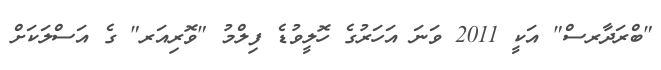
"ބްރަދާރސް" އަކީ 2011 ވަނަ އަހަރުގެ ހޮލީވުޑެ ފިލްމު "ވޮރިއަރ" ގެ އަސްލަކަށް